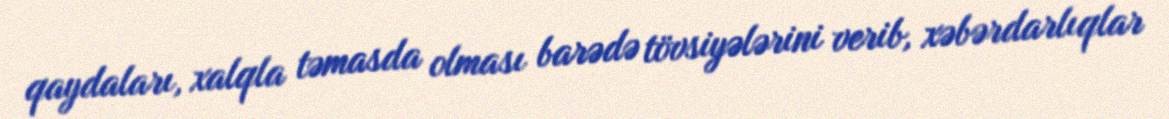
qaydaları, xalqla təmasda olması barədə tövsiyələrini verib, xəbərdarlıqlar